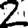
Digit: 2